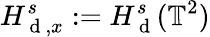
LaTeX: H_{\mathrm{~d~},x}^{s}:=H_{\mathrm{~d~}}^{s}(\mathbb{T}^{2})